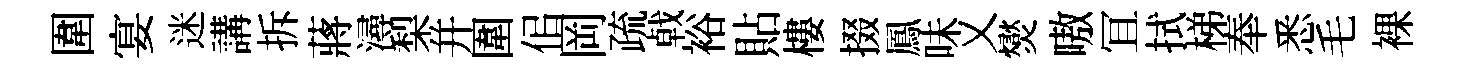
圍宴迷講拆蔣潯梨幷圍佀岡疏㦸裕貼樓掇鳳味乂爕嗷冝拭梯奉悉毛裸